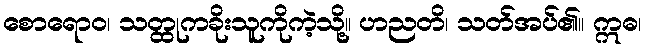
စောရောဝ၊ သတ္ထုကခိုးသူကိုကဲ့သို့။ ဟညတိ၊ သတ်အပ်၏။ ဣဓ၊